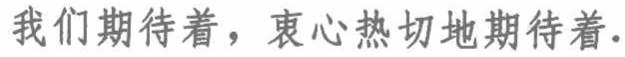
我们期待着，衷心热切地期待着.